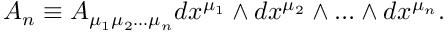
A _ { n } \equiv A _ { \mu _ { 1 } \mu _ { 2 } \ldots \mu _ { n } } d x ^ { \mu _ { 1 } } \wedge d x ^ { \mu _ { 2 } } \wedge \ldots \wedge d x ^ { \mu _ { n } } .